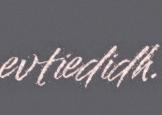
evtiedidh.